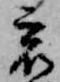
君